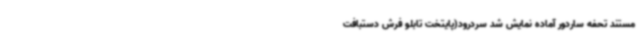
مستند تحفه ساردور آماده نمایش شد سردرود(پایتخت تابلو فرش دستبافت